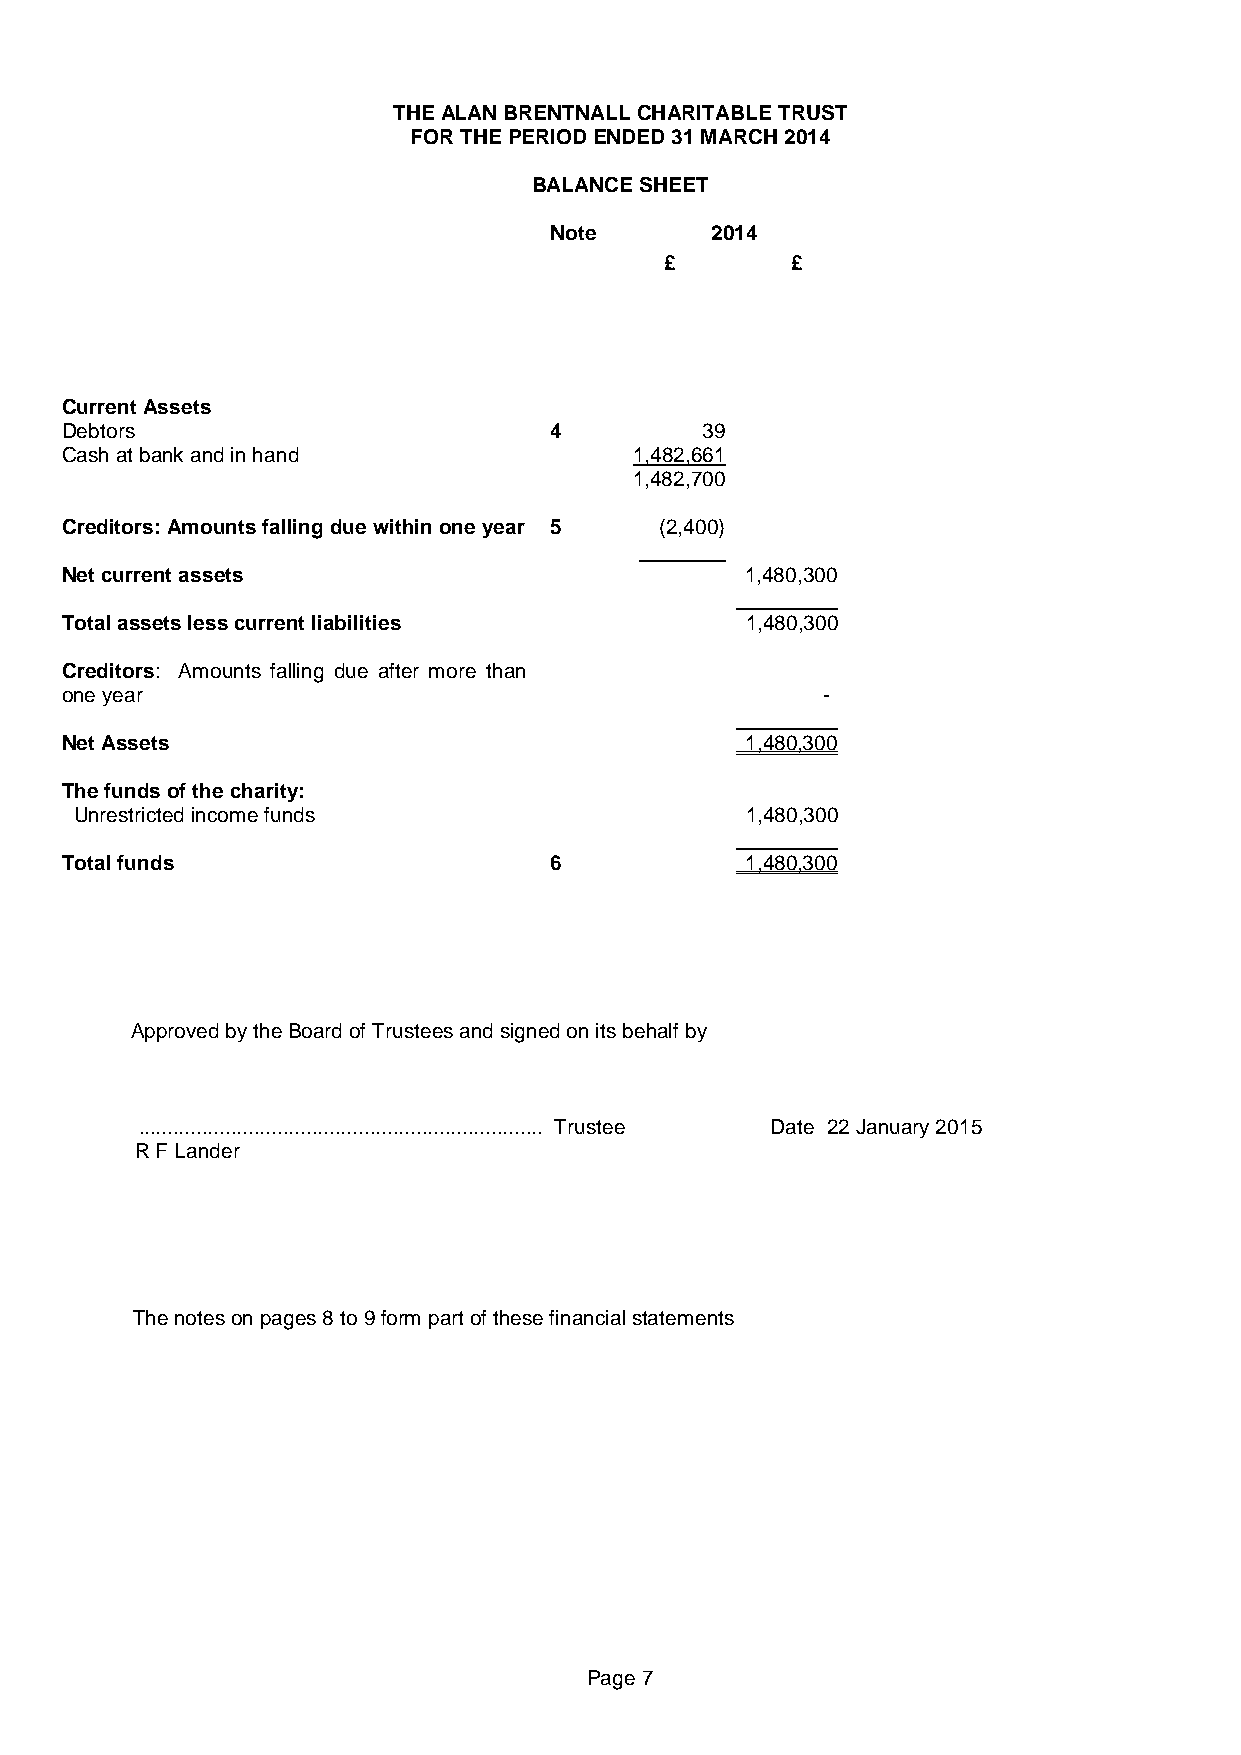
THE ALAN BRENTNALL CHARITABLE TRUST
 FOR THE PERIOD ENDED 31 MARCH 2014
 BALANCE SHEET
 Note       2014
 £       £
 Current Assets
 Debtors                         4         39
 Cash at bank and in hand              1,482,661
 1,482,700
 Creditors: Amounts falling due within one year 5 (2,400)
 Net current assets                           1,480,300
 Total assets less current liabilities        1,480,300
 Creditors: Amounts falling due after more than
 one year                                          -
 Net Assets                                   1,480,300
 The funds of the charity:
 Unrestricted income funds                   1,480,300
 Total funds                     6            1,480,300
 Approved by the Board of Trustees and signed on its behalf by
 ...................................................................... Trustee Date 22 January 2015
 R F Lander
 The notes on pages 8 to 9 form part of these financial statements
 Page 7